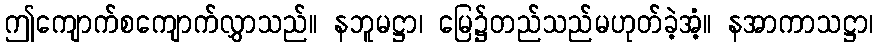
ဤကျောက်စကျောက်လွှာသည်။ နဘူမဋ္ဌာ၊ မြေ၌တည်သည်မဟုတ်ခဲ့အံ့။ နအာကာသဋ္ဌာ၊